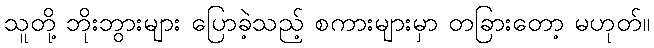
သူတို့ ဘိုးဘွားများ ပြောခဲ့သည့် စကားများမှာ တခြားတော့ မဟုတ်။